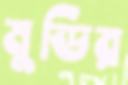
মুডির